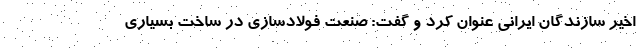
اخیر سازندگان ایرانی عنوان کرد و گفت: صنعت فولادسازی در ساخت بسیاری